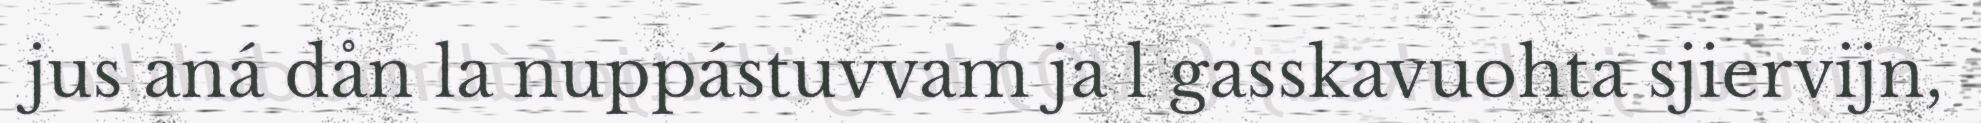
jus aná dån la nuppástuvvam ja l gasskavuohta sjiervijn,